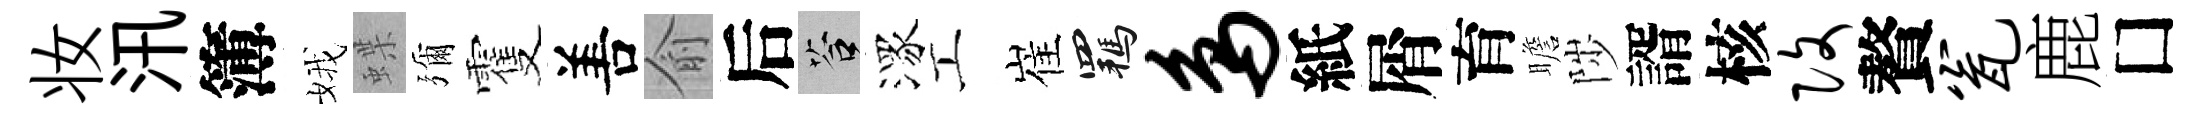
妆汛簿娥蝶彌䨥𠵊俞后答潈工崔羈鸟紙屑育瞻陟諝核改贅瓮鹿□